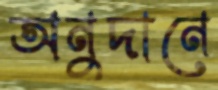
অনুদানে